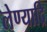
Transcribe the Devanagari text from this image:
लेण्याद्रि